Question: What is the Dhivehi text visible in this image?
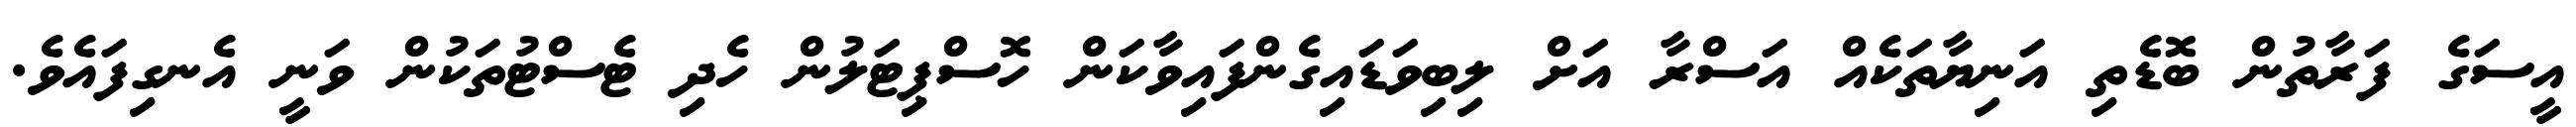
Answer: އީސަގެ ފަރާތުން ބޮޑެތި އަނިޔާތަކެއް އަސްރާ އަށް ލިބިވަޑައިގެންފައިވާކަން ހޮސްޕިޓަލުން ހެދި ޓެސްޓުތަކުން ވަނީ އެނގިފައެވެ.